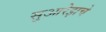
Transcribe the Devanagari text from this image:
सुआरेझचे